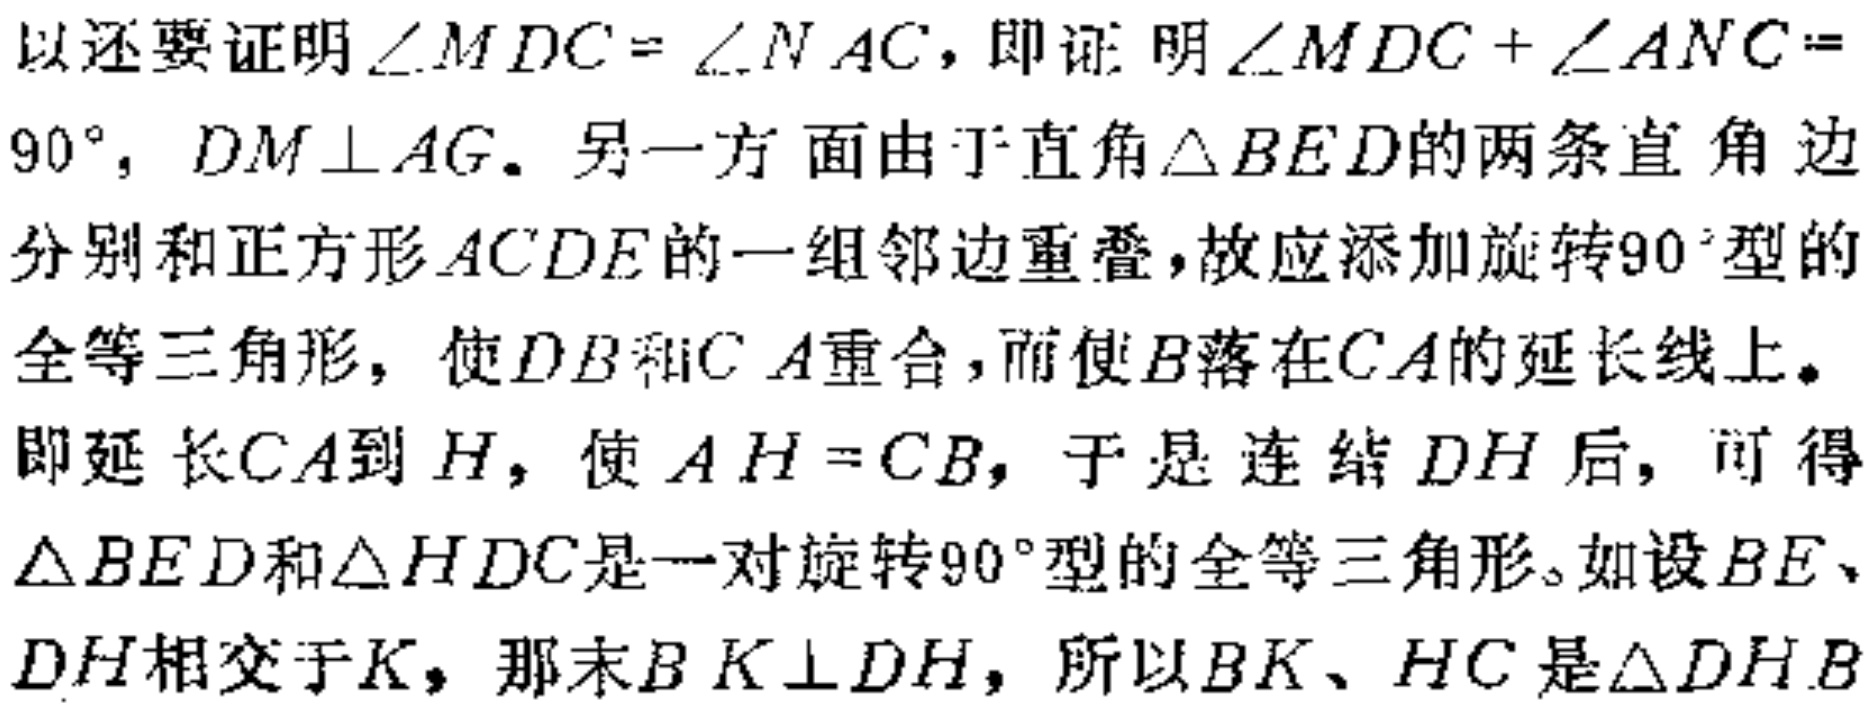
以还要证明\(\angle MDC = \angle NAC\)，即证明\(\angle MDC+\angle ANC = 90^{\circ}\)，\(DM\perp AG\)。另一方面由于直角\(\triangle BED\)的两条直角边分别和正方形\(ACDE\)的一组邻边重叠，故应添加旋转\(90^{\circ}\)型的全等三角形，使\(DB\)和\(CA\)重合，而使\(B\)落在\(CA\)的延长线上。即延长\(CA\)到\(H\)，使\(AH = CB\)，于是连结\(DH\)后，可得\(\triangle BED\)和\(\triangle HDC\)是一对旋转\(90^{\circ}\)型的全等三角形。如设\(BE\)、\(DH\)相交于\(K\)，那末\(BK\perp DH\)，所以\(BK\)、\(HC\)是\(\triangle DHB\)